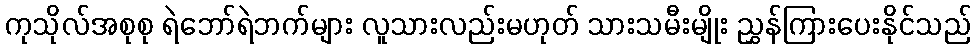
ကုသိုလ်အစုစု ရဲဘော်ရဲဘက်များ လူသားလည်းမဟုတ် သားသမီးမျိုး ညွှန်ကြားပေးနိုင်သည်